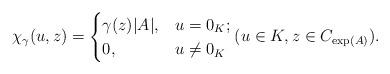
LaTeX: \begin{align*} \chi_\gamma(u,z) = \begin{cases}\gamma(z)|A|, & u=0_K; \\0, & u\neq 0_K\end{cases} (u\in K, z\in C_{\exp(A)}).\end{align*}